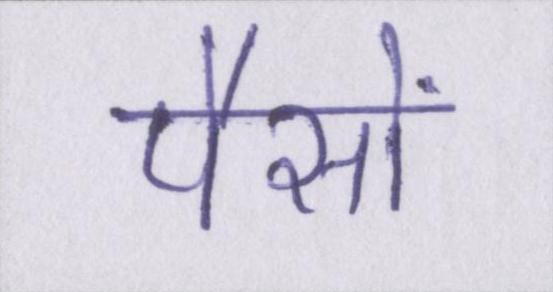
पैसों